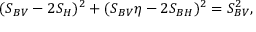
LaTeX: ( S _ { B V } - 2 S _ { H } ) ^ { 2 } + ( S _ { B V } \eta - 2 S _ { B H } ) ^ { 2 } = S _ { B V } ^ { 2 } ,